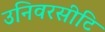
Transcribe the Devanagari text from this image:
उनिवरसीटि